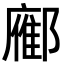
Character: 𬪚